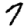
Digit: 7